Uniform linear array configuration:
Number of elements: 12
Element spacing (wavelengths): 0.75
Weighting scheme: binomial
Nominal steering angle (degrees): -60
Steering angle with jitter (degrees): -59.753
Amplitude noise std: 0.05
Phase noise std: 0.05

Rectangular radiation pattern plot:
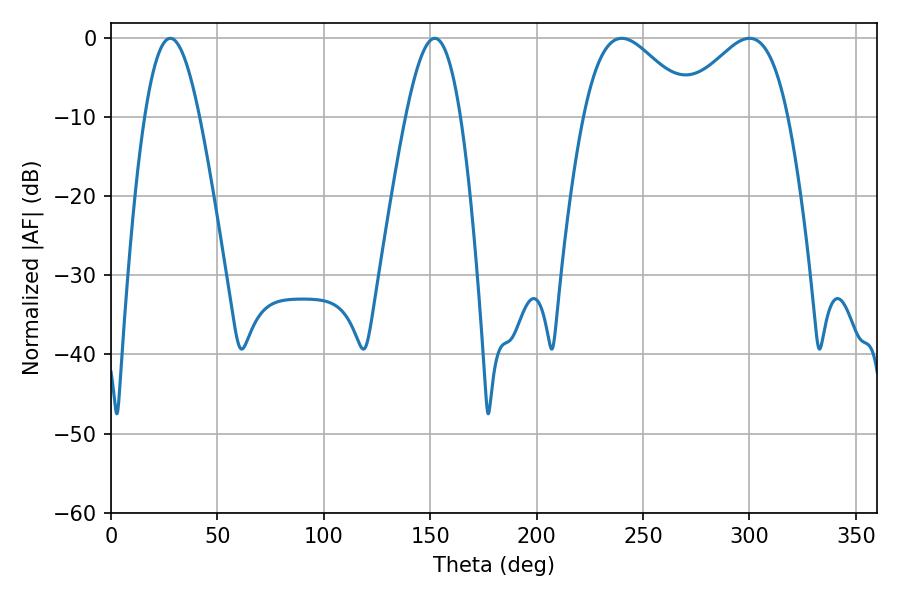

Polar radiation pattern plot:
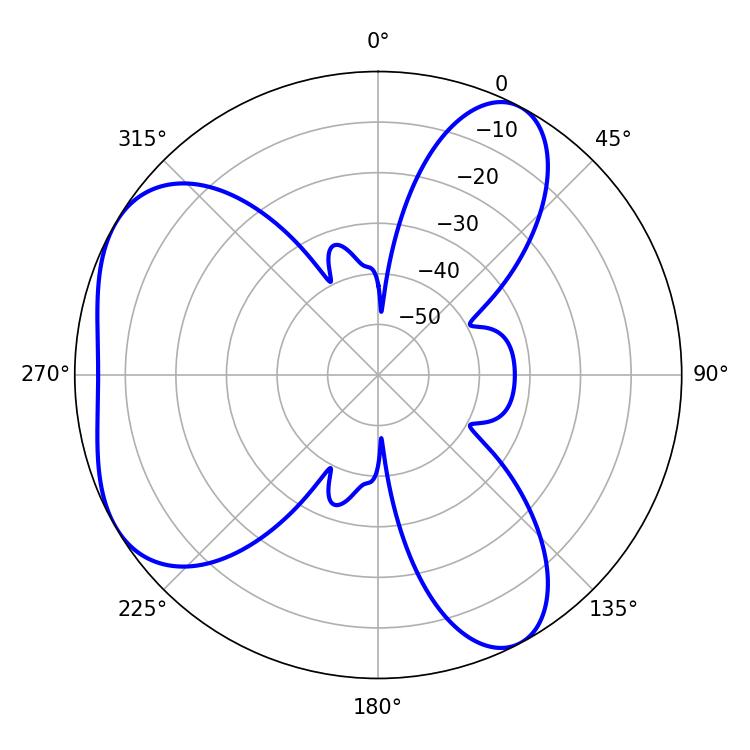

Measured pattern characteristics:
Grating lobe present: TRUE
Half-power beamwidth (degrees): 27.54
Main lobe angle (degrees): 239.94